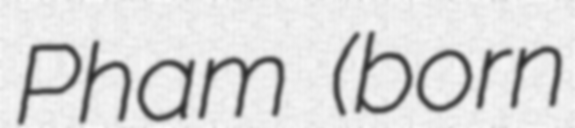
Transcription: Pham (born